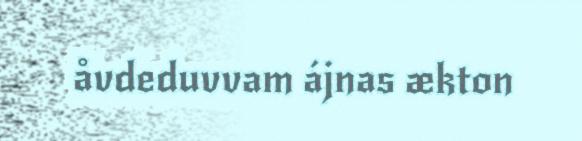
åvdeduvvam ájnas ækton